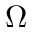
\Omega